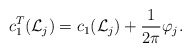
\begin{align*} c^T_1({\mathcal L_j})=c_1({\mathcal L}_j)+\frac{1}{2\pi}\varphi_j. \end{align*}